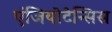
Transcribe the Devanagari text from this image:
एंजियोटेन्सिस